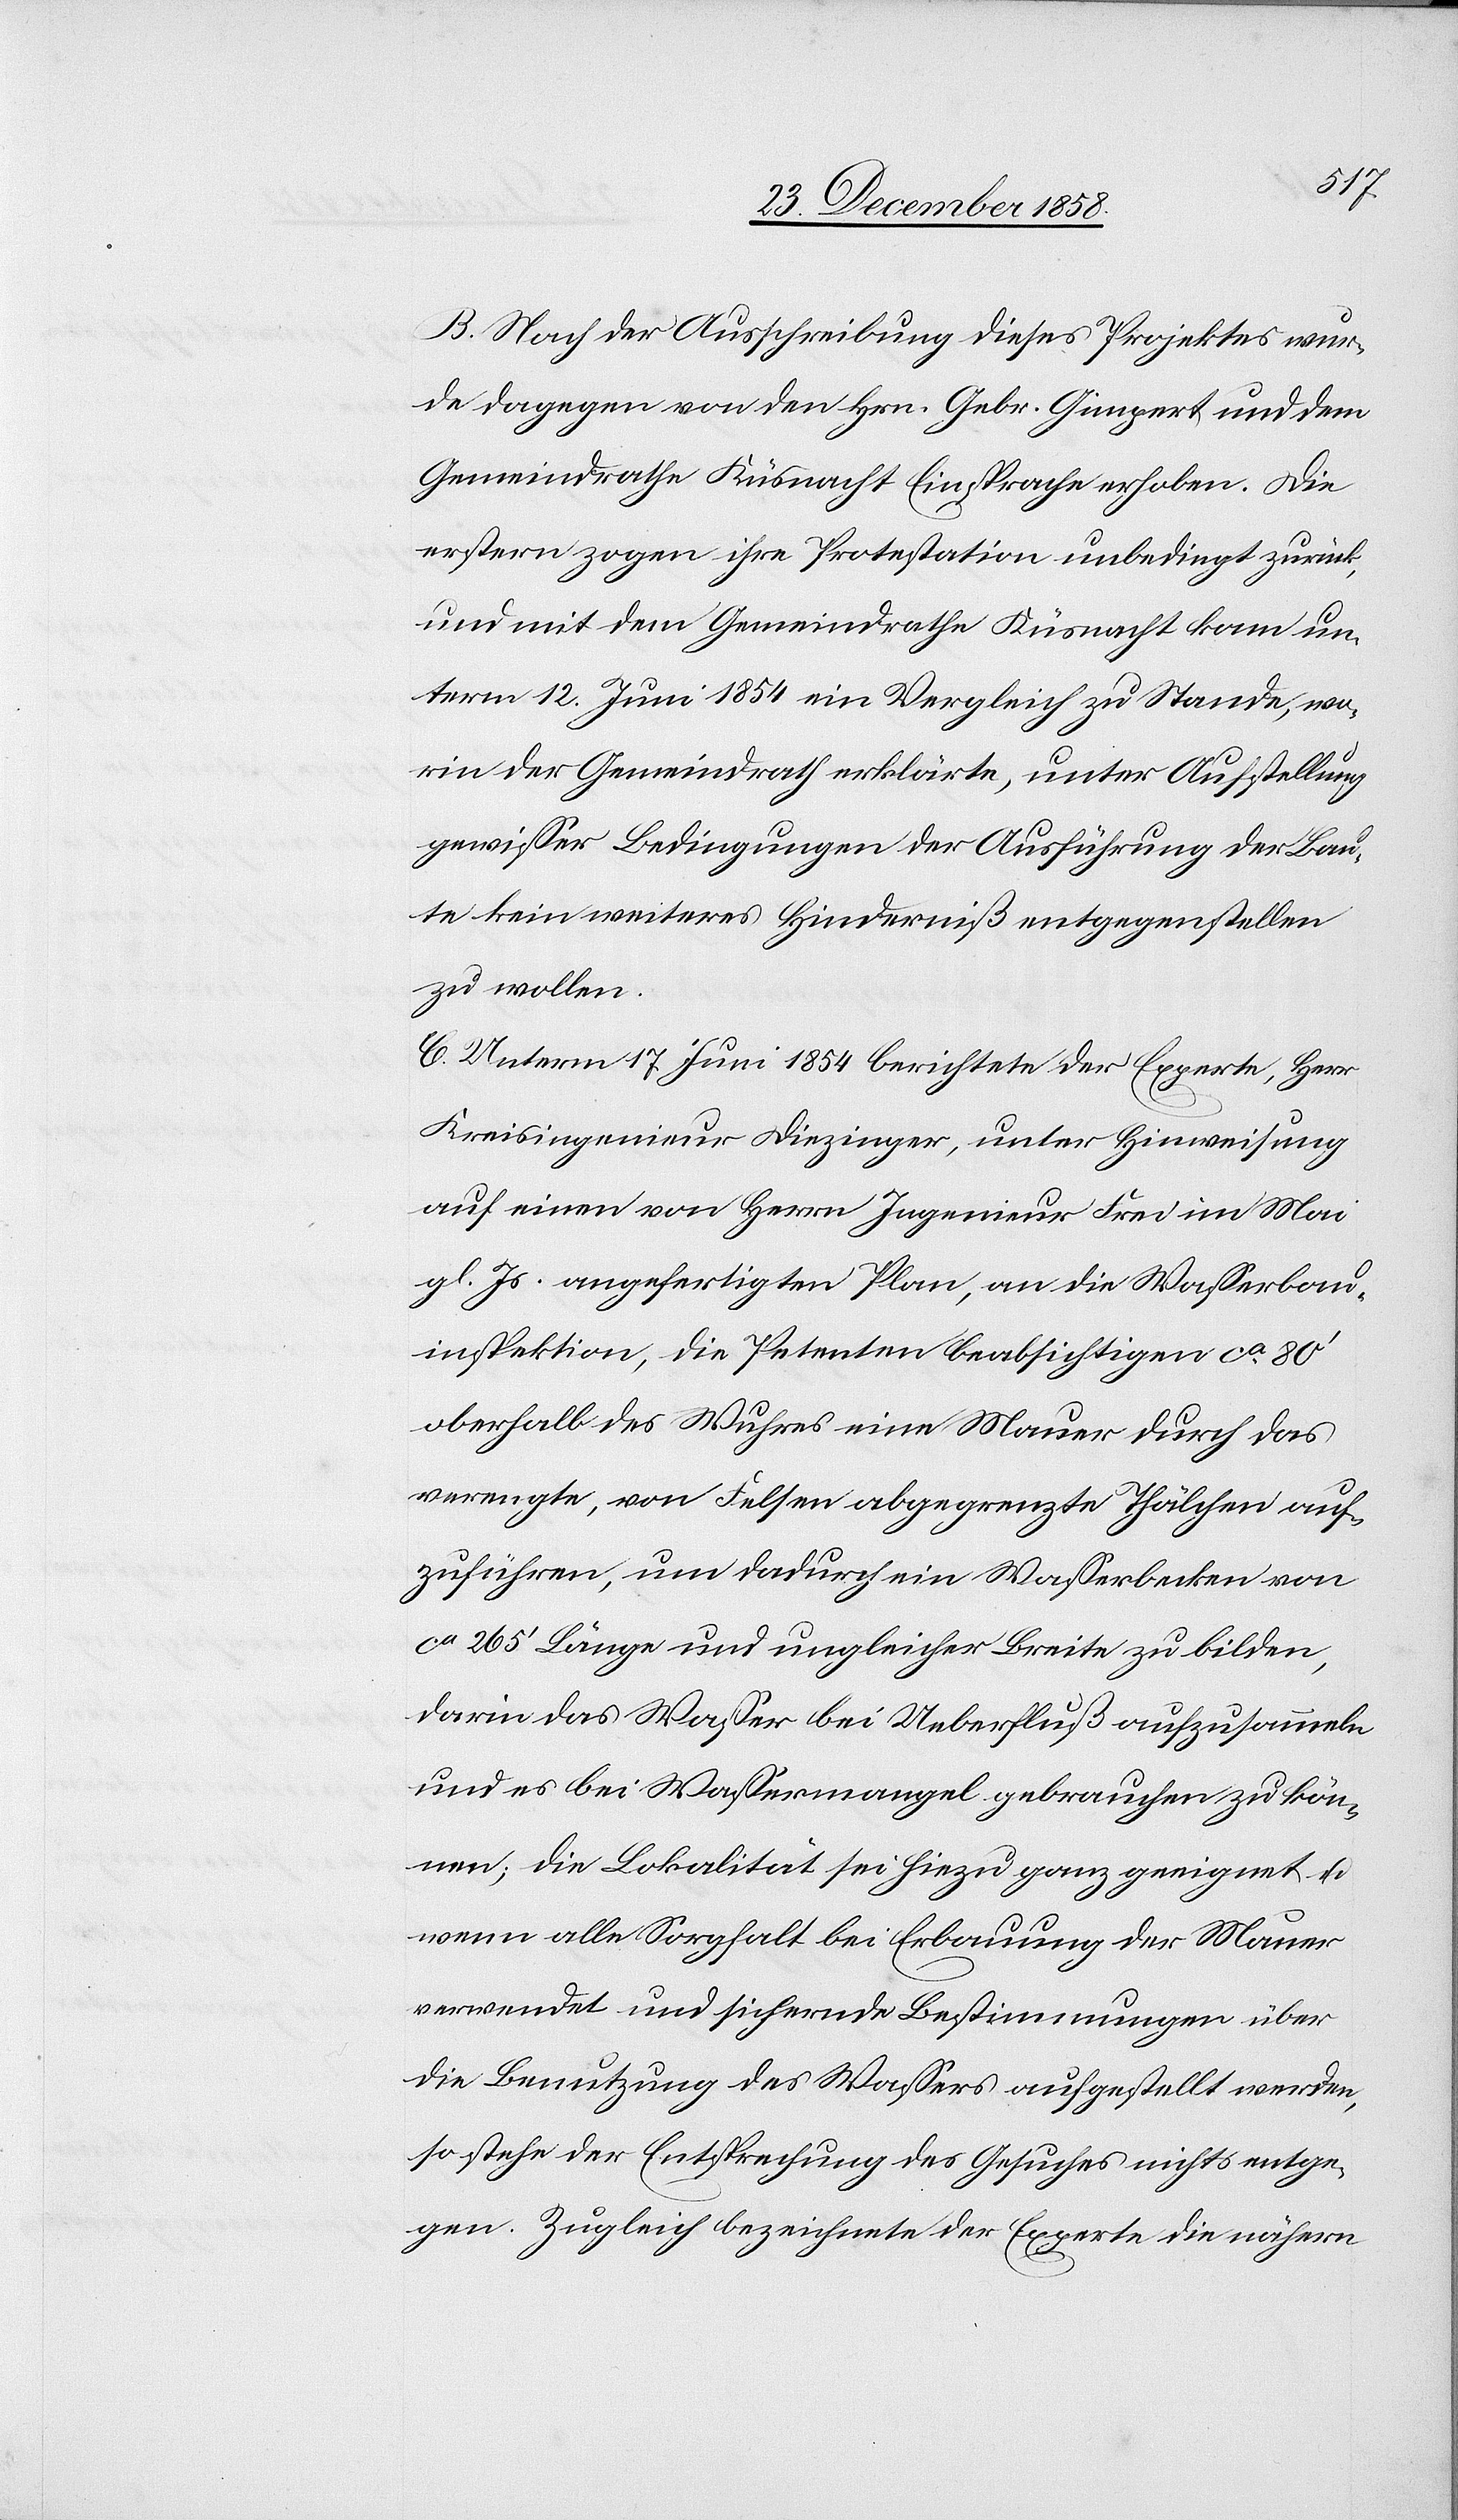
B. Nach der Ausschreibung dieses Projektes wur¬
de dagegen von den Hrn. Gebr. Gimpert und dem
Gemeindrathe Küsnacht Einsprache erhoben. Die
erstern zogen ihre Protestation unbedingt zurück,
und mit dem Gemeindrathe Küsnacht kam un¬
term 12. Juni 1854 ein Vergleich zu Stande, wo¬
rin der Gemeindrath erklärte, unter Aufstellung
gewisser Bedingungen der Ausführung der Bau¬
te kein weiteres Hinderniß entgegenstellen
zu wollen.
C. Unterm 17. Juni 1854 berichtete der Experte, Herr
Kreisingenieur Diezinger, unter Hinweisung
auf einen von Herrn Ingenieur Frei im Mai
gl. Js. angefertigten Plan, an die Wasserbau¬
inspektion, die Petenten beabsichtigen ca 80‘
oberhalb des Wuhres eine Mauer durch das
verengte, von Felsen abgegrenzte Thälchen auf¬
zuführen, um dadurch ein Wasserbecken von
ca 265‘ Länge und ungleicher Breite zu bilden,
darin das Wasser bei Ueberfluß aufzusammeln
und es bei Wassermangel gebrauchen zu kön¬
nen; die Lokalität sei hiezu ganz geeignet u.
wenn alle Sorgfalt bei Erbauung der Mauer
verwendet und sichernde Bestimmungen über
die Benutzung des Wassers aufgestellt werden,
so stehe der Entsprechung des Gesuches nichts entge¬
gen. Zugleich bezeichnete der Experte die nähern